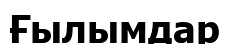
Ғылымдар